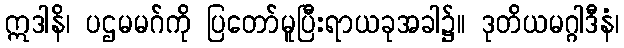
ဣဒါနိ၊ ပဌမမဂ်ကို ပြတော်မူပြီးရာယခုအခါ၌။ ဒုတိယမဂ္ဂါဒီနံ၊